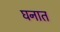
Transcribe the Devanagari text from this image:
घनात